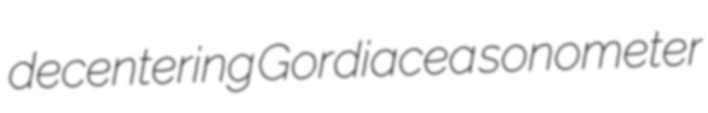
decentering Gordiacea sonometer